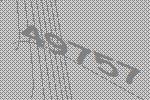
49757